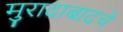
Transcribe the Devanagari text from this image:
मुरादाबादचे